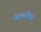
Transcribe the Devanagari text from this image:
आकलैङ